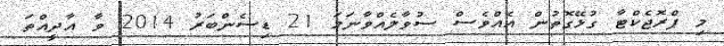
މި ޕްރޮޖެކްޓާ ގުޅޭގޮތުން އެއްވެސް ސުވާލެއްވާނަމަ 21 ޑިސެންބަރު 2014 ވާ އާދީއްތަ